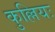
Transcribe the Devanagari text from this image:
कुल्लियः